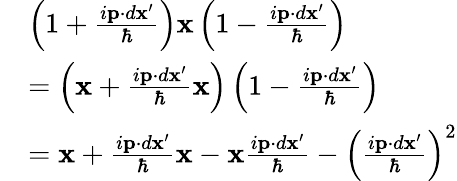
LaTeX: \begin{array}{rl}&{\left(1+\frac{i\mathbf p\cdot d\mathbf{x}^{\prime}}{\hbar}\right)\mathbf x\left(1-\frac{i\mathbf p\cdot d\mathbf{x}^{\prime}}{\hbar}\right)}\\ &{=\left(\mathbf x+\frac{i\mathbf p\cdot d\mathbf{x}^{\prime}}{\hbar}\mathbf x\right)\left(1-\frac{i\mathbf p\cdot d\mathbf{x}^{\prime}}{\hbar}\right)}\\ &{=\mathbf x+\frac{i\mathbf p\cdot d\mathbf{x}^{\prime}}{\hbar}\mathbf x-\mathbf x\frac{i\mathbf p\cdot d\mathbf{x}^{\prime}}{\hbar}-\left(\frac{i\mathbf p\cdot d\mathbf{x}^{\prime}}{\hbar}\right)^{2}}\end{array}